Indian journal of veterinary science and animal husbandry - Volume 6,
Year: 1936
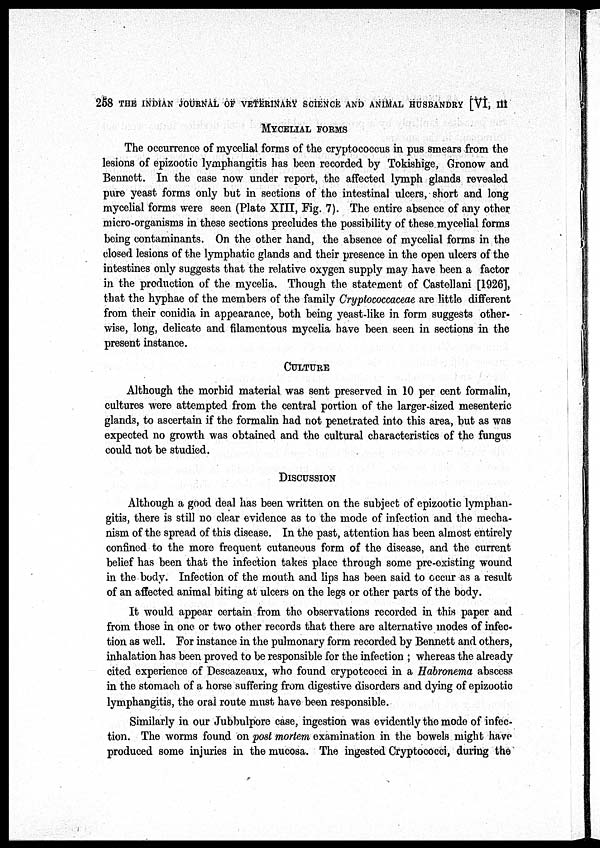
258 THE INDIAN JOURNAL OF VETERINARY SCIENCE AND ANIMAL HUSBANDRY [VI, III
MYCELIAL FORMS
The occurrence of mycelial forms of the cryptococcus in pus smears from the
lesions of epizootic lymphangitis has been recorded by Tokishige, Gronow and
Bennett. In the case now under report, the affected lymph glands revealed
pure yeast forms only but in sections of the intestinal ulcers, short and long
mycelial forms were seen (Plate XIII, Fig. 7). The entire absence of any other
micro-organisms in these sections precludes the possibility of these mycelial forms
being contaminants. On the other hand, the absence of mycelial forms in the
closed lesions of the lymphatic glands and their presence in the open ulcers of the
intestines only suggests that the relative oxygen supply may have been a factor
in the production of the mycelia. Though the statement of Castellani [1926],
that the hyphae of the members of the family Cryptococcaceae are little different
from their conidia in appearance, both being yeast-like in form suggests other-
wise, long, delicate and filamentous mycelia have been seen in sections in the
present instance.
CULTURE
Although the morbid material was sent preserved in 10 per cent formalin,
cultures were attempted from the central portion of the larger-sized mesenteric
glands, to ascertain if the formalin had not penetrated into this area, but as was
expected no growth was obtained and the cultural characteristics of the fungus
could not be studied.
DISCUSSION
Although a good deal has been written on the subject of epizootic lymphan-
gitis, there is still no clear evidence as to the mode of infection and the mecha-
nism of the spread of this disease. In the past, attention has been almost entirely
confined to the more frequent cutaneous form of the disease, and the current
belief has been that the infection takes place through some pre-existing wound
in the body. Infection of the mouth and lips has been said to occur as a result
of an affected animal biting at ulcers on the legs or other parts of the body.
It would appear certain from the observations recorded in this paper and
from those in one or two other records that there are alternative modes of infec-
tion as well. For instance in the pulmonary form recorded by Bennett and others,
inhalation has been proved to be responsible for the infection ; whereas the already
cited experience of Descazeaux, who found crypotcocci in a Habronema abscess
in the stomach of a horse suffering from digestive disorders and dying of epizootic
lymphangitis, the oral route must have been responsible.
Similarly in our Jubbulpore case, ingestion was evidently the mode of infec-
tion. The worms found on post mortem examination in the bowels might have
produced some injuries in the mucosa. The ingested Cryptococci, during the